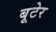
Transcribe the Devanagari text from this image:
बूटेर